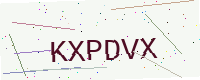
Text: KXPDVX